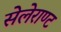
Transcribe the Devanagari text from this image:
सेलेराण्ट